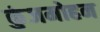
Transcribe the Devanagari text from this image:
कुंजमोहन